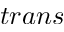
t r a n s